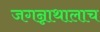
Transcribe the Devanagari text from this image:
जगन्नाथालाच